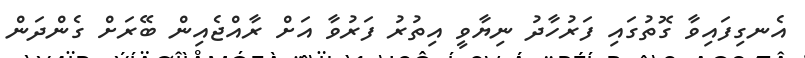
އެނގިފައިވާ ގޮތުގައި ފަރުހާދު ނިޔާވީ އިތުރު ފަރުވާ އަށް ރާއްޖެއިން ބޭރަށް ގެންދަން